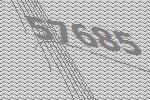
57685